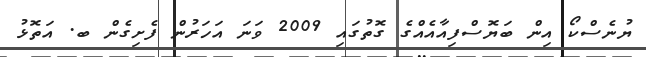
ޔުނެސްކޯ އިން ބަޔޮސްފިއާއެއްގެ ގޮތުގައި 2009 ވަނަ އަހަރުން ފެށިގެން ބ. އަތޮޅު